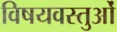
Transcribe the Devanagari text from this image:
विषयवस्‍तुओं